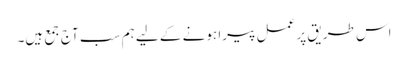
اس طریق پر عمل پیرا ہونے کے لیے ہم سب آج جمع ہیں۔